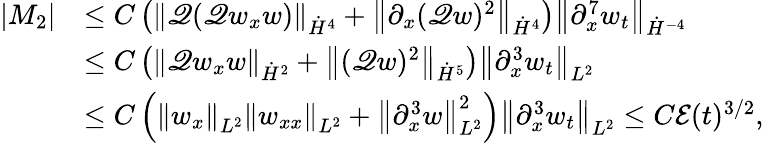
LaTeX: \begin{array}{rl}{\left|M_{2}\right|}&{\leq C\left(\left\| \mathscr{Q}(\mathscr{Q}w_{x}w)\right\| _{\dot{H}^{4}}+\left\| \partial_{x}(\mathscr{Q}w)^{2}\right\| _{\dot{H}^{4}}\right)\left\| \partial_{x}^{7}w_{t}\right\| _{\dot{H}^{-4}}}\\ &{\leq C\left(\left\| \mathscr{Q}w_{x}w\right\| _{\dot{H}^{2}}+\left\| (\mathscr{Q}w)^{2}\right\| _{\dot{H}^{5}}\right)\left\| \partial_{x}^{3}w_{t}\right\| _{L^{2}}}\\ &{\leq C\left(\left\| w_{x}\right\| _{L^{2}}\left\| w_{xx}\right\| _{L^{2}}+\left\| \partial_{x}^{3}w\right\| _{L^{2}}^{2}\right)\left\| \partial_{x}^{3}w_{t}\right\| _{L^{2}}\leq C\mathcal{E}(t)^{3/2},}\end{array}